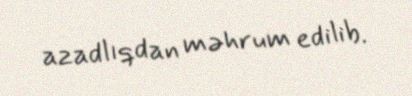
azadlıqdan məhrum edilib.